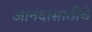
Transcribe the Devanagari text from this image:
आनंदासाठीचे